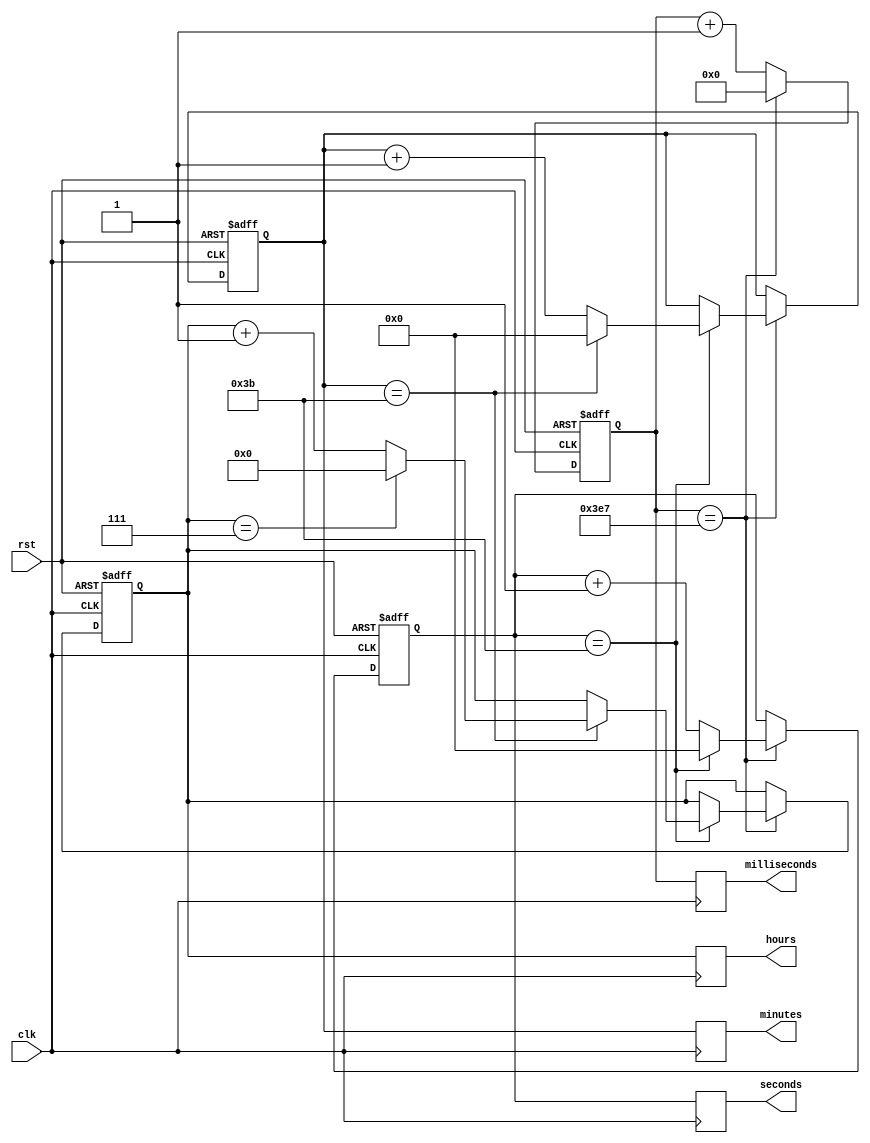
module rtc_timer (
    input wire clk,
    input wire rst,
    output reg [3:0] hours,
    output reg [5:0] minutes,
    output reg [5:0] seconds,
    output reg [9:0] milliseconds
);

reg [3:0] hours_reg;
reg [5:0] minutes_reg;
reg [5:0] seconds_reg;
reg [9:0] milliseconds_reg;

always @ (posedge clk or posedge rst) begin
    if (rst) begin
        hours_reg <= 4'b0;
        minutes_reg <= 6'b0;
        seconds_reg <= 6'b0;
        milliseconds_reg <= 10'b0;
    end else begin
        milliseconds_reg <= milliseconds_reg + 1;
        if (milliseconds_reg == 10'd999) begin
            milliseconds_reg <= 10'd0;
            seconds_reg <= seconds_reg + 1;
            if (seconds_reg == 6'd59) begin
                seconds_reg <= 6'd0;
                minutes_reg <= minutes_reg + 1;
                if (minutes_reg == 6'd59) begin
                    minutes_reg <= 6'd0;
                    hours_reg <= hours_reg + 1;
                    if (hours_reg == 4'd23) begin
                        hours_reg <= 4'd0;
                    end
                end
            end
        end
    end
end

always @ (posedge clk) begin
    hours <= hours_reg;
    minutes <= minutes_reg;
    seconds <= seconds_reg;
    milliseconds <= milliseconds_reg;
end

endmodule